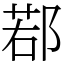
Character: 鄀